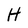
Character: H